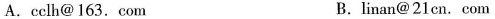
A.cclh@163.com B.linan@21cn. com